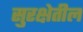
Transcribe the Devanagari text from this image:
सुरक्षेतील